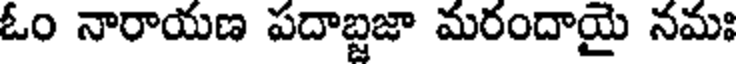
ఓం నారాయణ పదాబ్జజా మరందాయై నమః